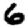
Digit: 6